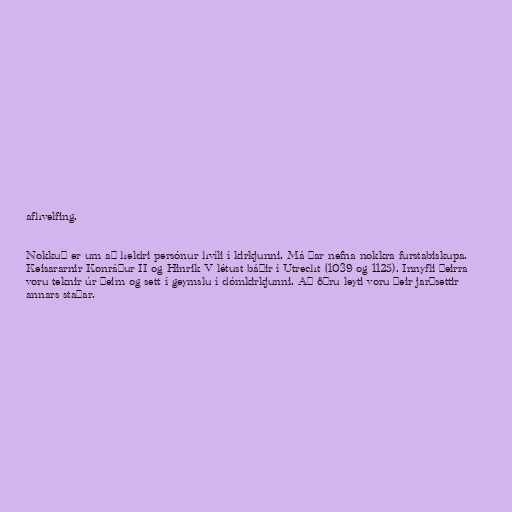
afhvelfing.

Nokkuð er um að heldri persónur hvíli í kirkjunni. Má þar nefna nokkra furstabiskupa.
Keisararnir Konráður II og Hinrik V létust báðir í Utrecht (1039 og 1125). Innyfli þeirra
voru teknir úr þeim og sett í geymslu í dómkirkjunni. Að öðru leyti voru þeir jarðsettir
annars staðar.